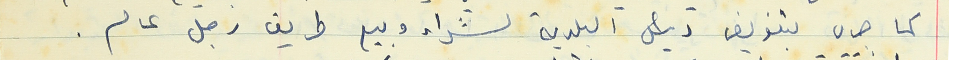
كما جرى بتفويض رئيس البلدية لشراء وبيع طريق رجل عام .